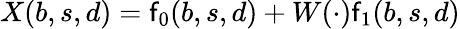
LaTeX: X(b,s,d)=\mathsf{f}_{0}(b,s,d)+W(\cdot)\mathsf{f}_{1}(b,s,d)